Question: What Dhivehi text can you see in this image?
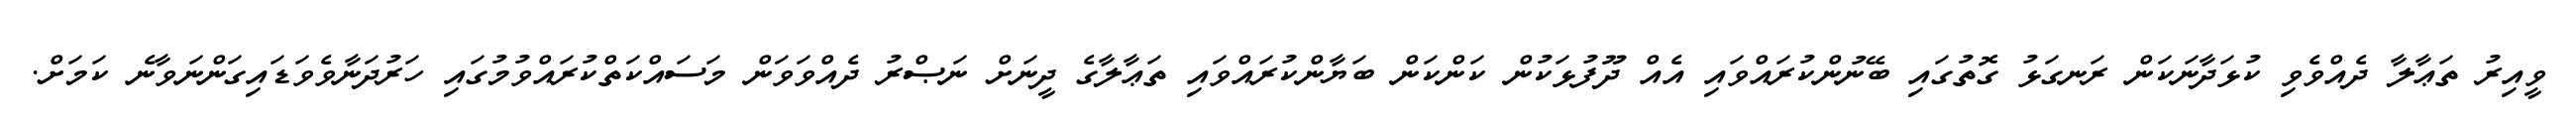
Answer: ވީއިރު ތަޢާލާ ދެއްވެވި ކުޅަދާނަކަން ރަނގަޅު ގޮތުގައި ބޭނުންކުރައްވައި އެއް ދޫފުޅަކުން ކަންކަން ބަޔާންކުރައްވައި ތަޢާލާގެ ދީނަށް ނަޞްރު ދެއްވަވަން މަސައްކަތްކުރައްވުމުގައި ހަރުދަނާވެވަޑައިގަންނަވާނެ ކަމަށް.